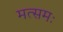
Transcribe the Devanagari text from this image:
मत्समः